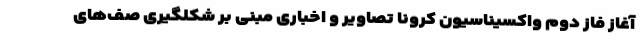
آغاز فاز دوم واکسیناسیون کرونا تصاویر و اخباری مبنی بر شکلگیری صف‌های